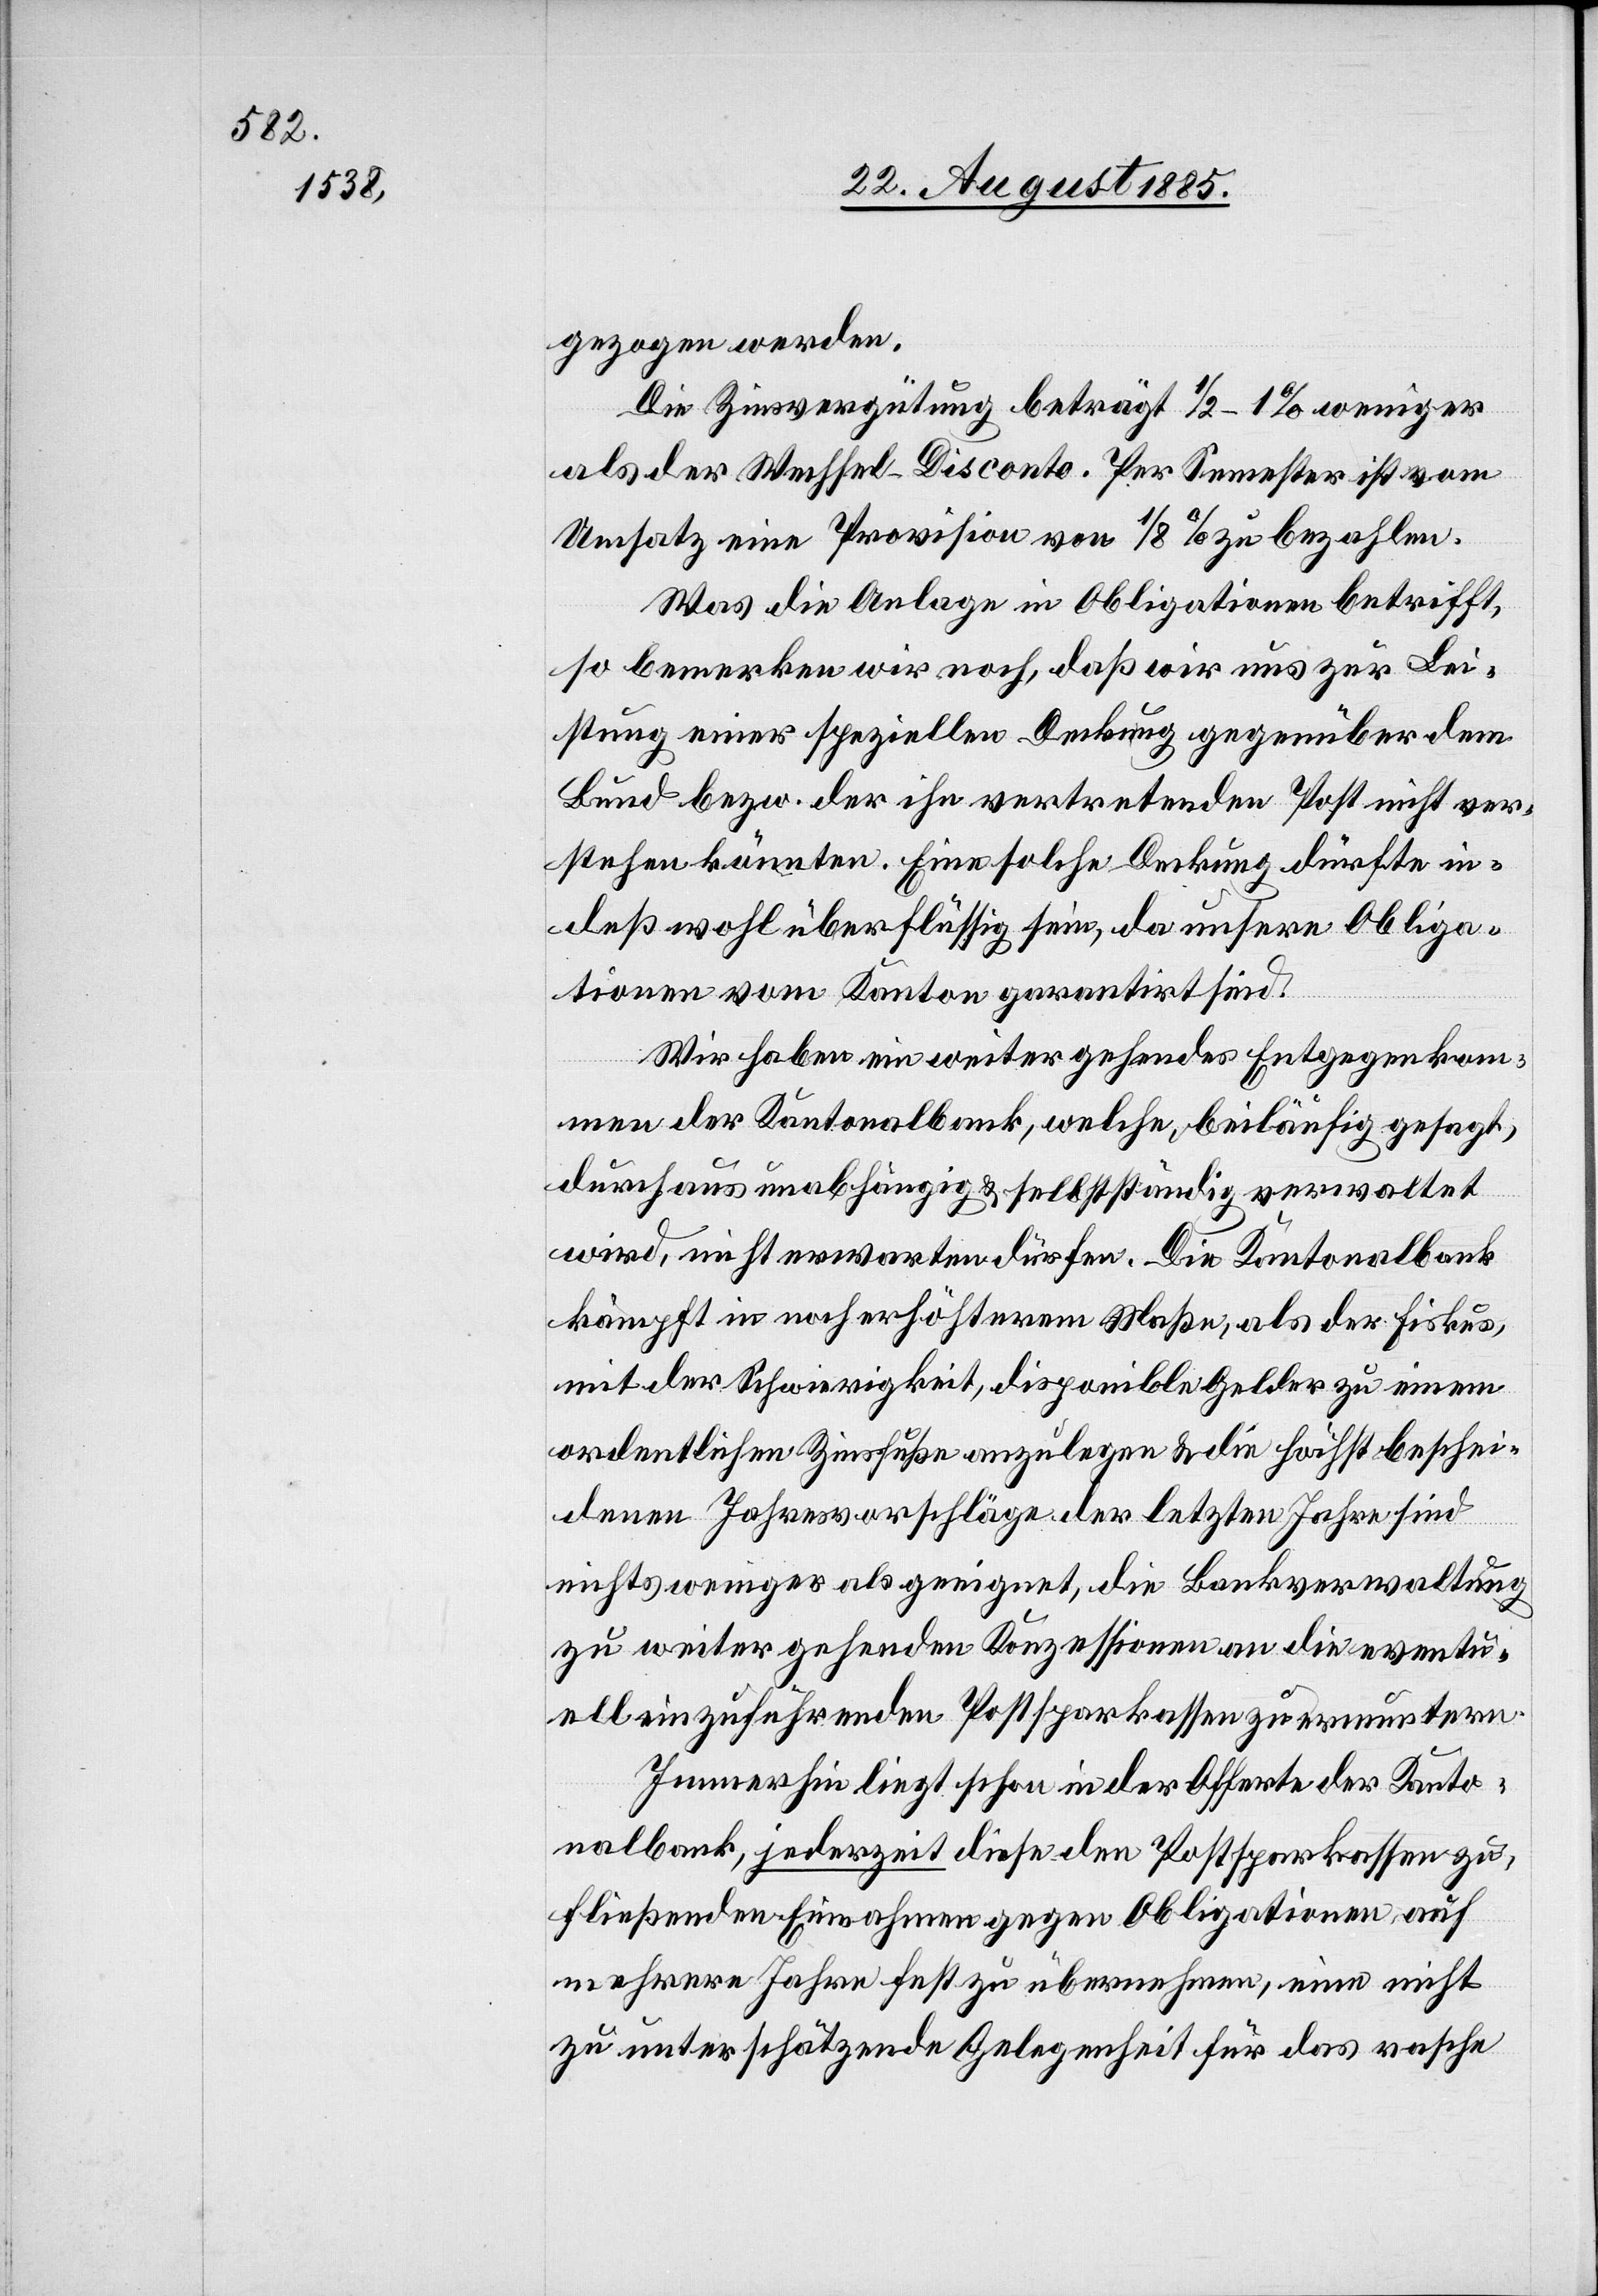
gezogen werden.
Die Zinsvergütung beträgt 1/2–1% weniger
als der Wechsel-Disconto. Per Semester ist vom
Umsatz eine Provision von 1/8% zu bezahlen.
Was die Anlage in Obligationen betrifft,
so bemerken wir noch, daß wir uns zur Lei¬
stung einer speziellen Deckung gegenüber dem
Bund bezw. der ihn vertretenden Post nicht ver¬
stehen könnten. Eine solche Deckung dürfte in¬
deß wohl überflüssig sein, da unsere Obliga¬
tionen vom Kanton garantirt sind.
Wir haben ein weitergehendes Entgegenkom¬
men der Kantonalbank, welche beiläufig gesagt,
durchaus unabhängig & selbstständig verwaltet
wird, nicht erwarten dürfen. Die Kantonalbank
kämpft in noch erhöhterem Maße, als der Fiskus,
mit der Schwierigkeit, disponible Gelder zu einem
ordentlichen Zinsfuße anzulegen & die höchst beschei¬
denen Jahresvorschläge der letzten Jahre sind
nichts weniger als geeignet, die Bankverwaltung
zu weitergehenden Konzessionen an die eventu¬
ell einzuführenden Postsparkassen zu ermuntern.
Immerhin liegt schon in der Offerte der Kanto¬
nalbank, jederzeit diese den Postsparkassen zu¬
fließenden Einnahmen gegen Obligationen auf
mehrere Jahre fest zu übernehmen, eine nicht
zu unterschätzende Gelegenheit für das rasche